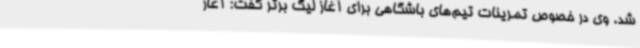
شد. وی در خصوص تمرینات تیم‌های باشگاهی برای آغاز لیگ برتر گفت: آغاز